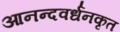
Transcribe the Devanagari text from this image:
आनन्दवर्धनकृत